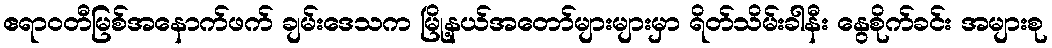
ဧရာဝတီမြစ်အနောက်ဖက် ချမ်းဒေသက မြို့နယ်အတော်များများမှာ ရိတ်သိမ်းခါနီး နွေစိုက်ခင်း အများစု